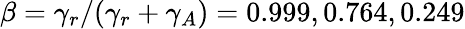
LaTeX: \beta=\gamma_{r}/(\gamma_{r}+\gamma_{A})=0.999,0.764,0.249